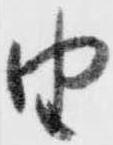
由